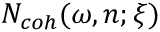
N _ { c o h } ( \omega , n ; \xi )